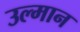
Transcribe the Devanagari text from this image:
उल्मान